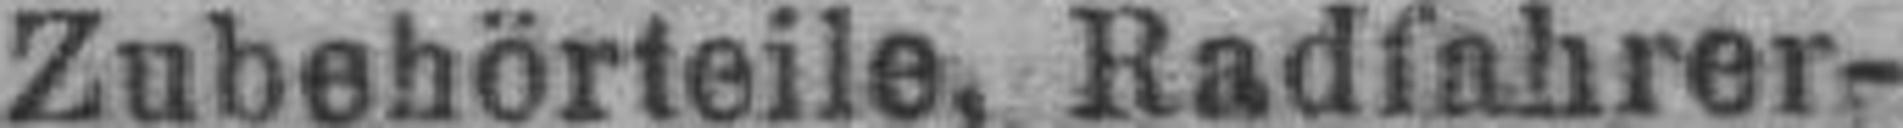
Zubehörteile, Radfahrer-